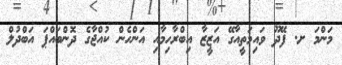
މަންމަ ށ. ފޭދޫ ވައިމަތީއާގޭ އަޒީޒާ އިބްރާހިމާއި އަންހެން ކުއްޖާގެ ދޮންބައްޕަ އަބްދުލް